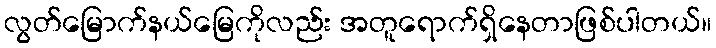
လွတ်မြောက်နယ်မြေကိုလည်း အတူရောက်ရှိနေတာဖြစ်ပါတယ်။